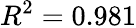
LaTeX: R^{2}=0.981